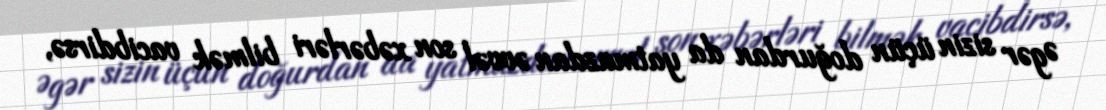
Əgər sizin üçün doğurdan da yatmazdan əvvəl son xəbərləri bilmək vacibdirsə,